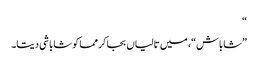
“
”شاباش“، میں تالیاں بجا کر مما کو شاباشی دیتا۔